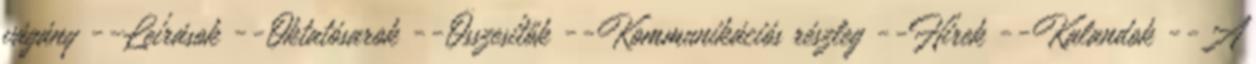
vágány --Leírások --Oktatósarok --Összesítők --Kommunikációs részleg --Hírek --Kalandok --A